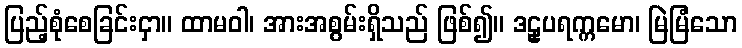
ပြည့်စုံစေခြင်းငှာ။ ထာမဝါ၊ အားအစွမ်းရှိသည် ဖြစ်၍။ ဒဠှပရက္ကမော၊ မြဲမြံသော